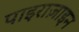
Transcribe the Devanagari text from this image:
पाइराज़ाइन